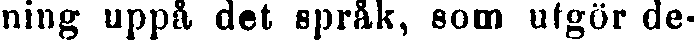
ning uppå det språk, som utgör de-